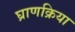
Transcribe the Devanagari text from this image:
घ्राणक्रिया